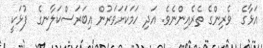
އަޅާގެ  ވެރިންގެ ތެރެއިންނެވެ. އަދި ހަމަކަށަވަރުން އިބަރަސްކަލާނގެ  ފުޅަކީ